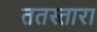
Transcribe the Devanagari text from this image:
ततस्तारा